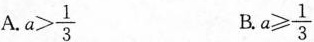
Aa $$a > \frac { 1 } { 3 }$$ $$a \geq \frac { 1 } { 3 }$$